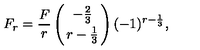
F _ { r } = { \frac { F } { r } } \left( { - { \frac { 2 } { 3 } } \atop r - { \frac { 1 } { 3 } } } \right) ( - 1 ) ^ { r - { \frac { 1 } { 3 } } } ,